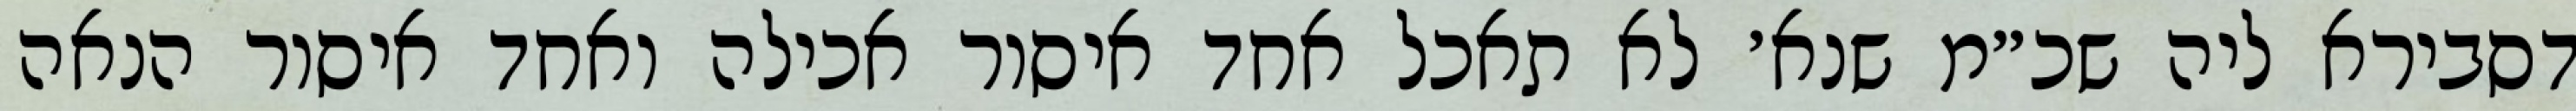
דסבירא ליה שכ״מ שנא׳ לא תאכל אחד איסור אכילה ואחד איסור הנאה